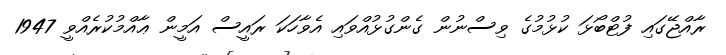
ރާއްޖޭގައި ފުޓްބޯޅަ ކުޅުމުގެ ވިސްނުން ގެންގުޅުއްވައި އެވާހަކަ ރައީސް އަމީން ޢާއްމުކުރެއްވީ 1947